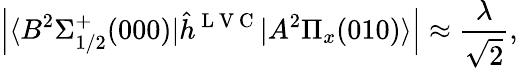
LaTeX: \left|\langle B^{2}\Sigma_{1/2}^{+}(000)|\hat{h}^{\mathrm{~L~V~C~}}|A^{2}\Pi_{x}(010)\rangle\right|\approx\frac{\lambda}{\sqrt{2}},